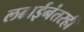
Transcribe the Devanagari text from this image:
लढाईनंतरही